Report of an investigation of the epidemic of malarial fever in Assam, or, kala-azar
Disease focus: Malaria
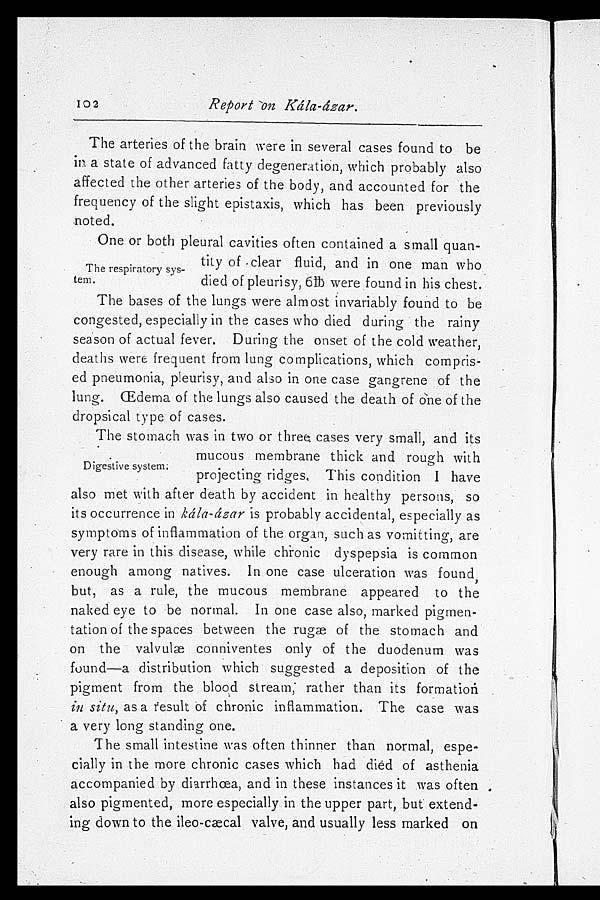
Report on Kála- ázar.
The arteries of the brain were in several cases found to be
in a state of advanced fatty degeneration, which probably also
affected the other arteries of the body, and accounted for the
frequency of the slight epistaxis, which has been previously
n o t e d .
One or both pleural cavities often contained a small quan
-tity of clear fluid, and in one man who
died of pleurisy, 6th were found in his chest.
The bases of the lungs were almost invariably found to be
congested, especially in the cases who died during the rainy
season of actual fever. During the onset of the cold weather,
deaths were frequent from lung complications, which compris
- e d p n e u m o n i a , p l e u r i s y , a n d a l s o i n o n e c a s e g a n g r e n e o f t h e
lung. Œderna of the lungs also caused the death of one of the
dropsical type of cases.
The stomach was in two or three, cases very small, and its
mucous membrane thick and rough with
projecting ridges. This condition I have
also met with after death by accident in healthy persons, so
its occurrence in ká la-á zar is probably accidental, especially as
symptoms of inflammation of the organ, such as vomitting, are
very rare in this disease, while chronic dyspepsia is common
enough among natives. In one case ulceration was found,
but, as a rule, the mucous membrane appeared to the
naked eye to be normal. In one case also, marked pigmen
- t a t i o n o f t h e s p a c e s b e t w e e n t h e r u g s o f t h e s t o m a c h a n d
on the valvulæ conniventes only of the duodenum was
found—a distribution which suggested a deposition of the
pigment from the blood stream, rather than its formation
in situ, as a result of chronic inflammation. The case was
a very long standing one.
The small intestine was often thinner than normal, espe
-cially in the more chronic cases which had died of asthenia
accompanied by diarrhœa, and in these instances it was often ,
also pigmented, more especially in the upper part, but extend
-ing down to the ileo-cæcal valve, and usually less marked on
The respiratory sys
-tem.
Digestive system;